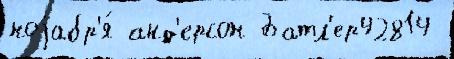
ноjабр'я́ анд'ерсон Батл'ер42814